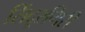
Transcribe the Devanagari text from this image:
सिंदूरगिरी